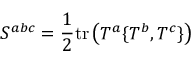
S ^ { a b c } = { \frac { 1 } { 2 } } \mathrm { t r } \left( T ^ { a } \{ T ^ { b } , T ^ { c } \} \right)